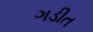
ગડીત